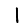
Digit: 1